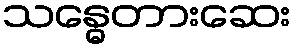
သန္ဓေတားဆေး